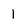
Character: l